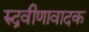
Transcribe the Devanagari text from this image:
रुद्रवीणावादक